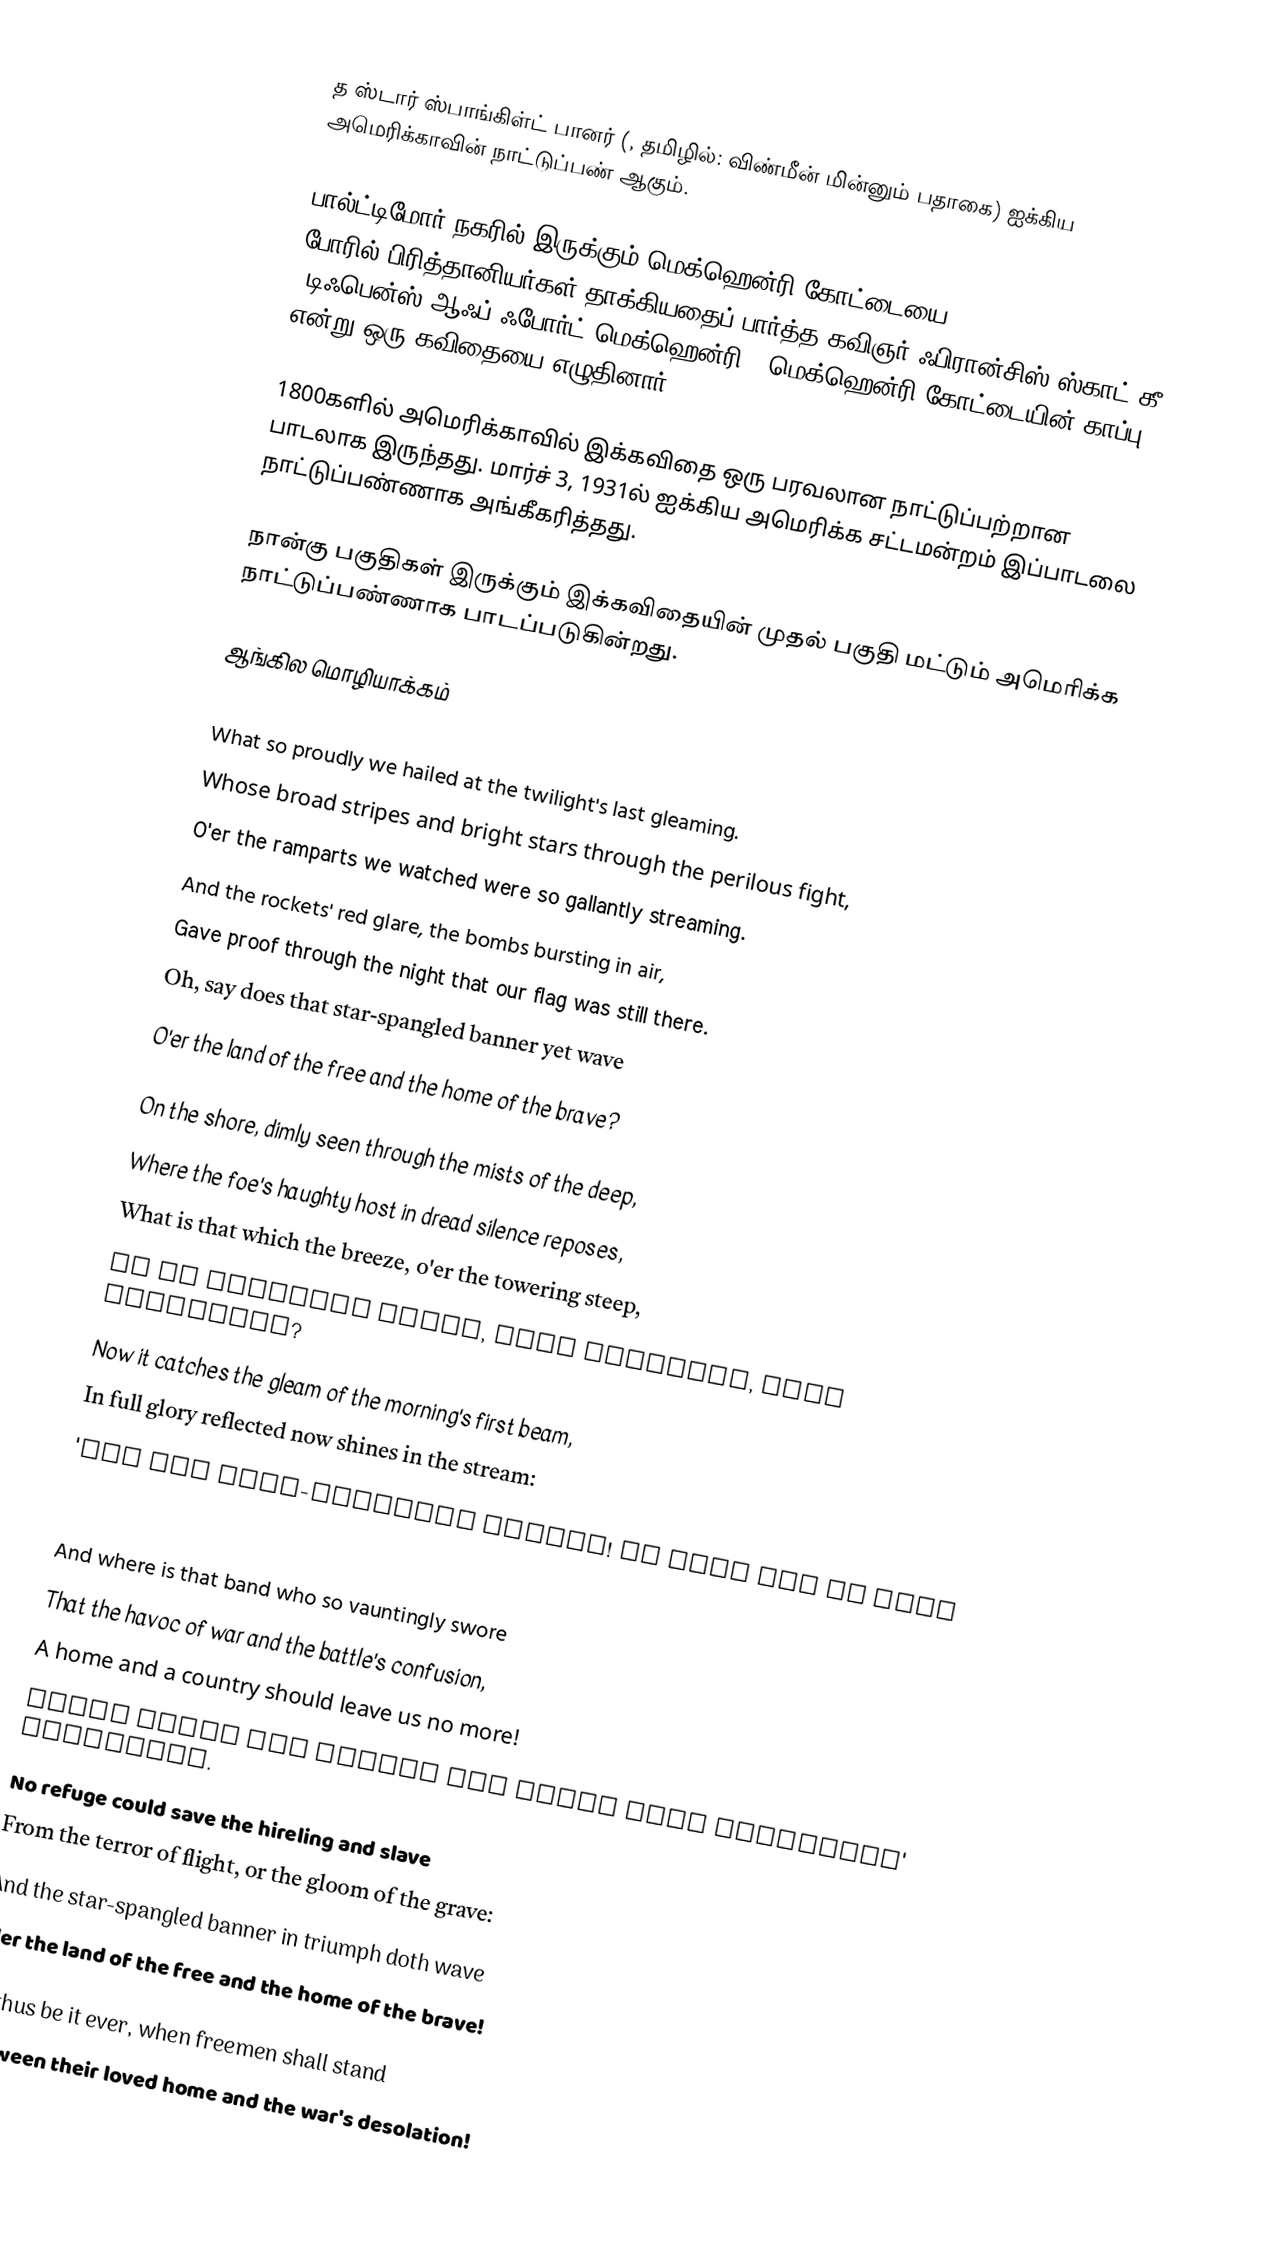
த ஸ்டார் ஸ்பாங்கிள்ட் பானர் (, தமிழில்: விண்மீன் மின்னும் பதாகை) ஐக்கிய அமெரிக்காவின் நாட்டுப்பண் ஆகும்.

பால்ட்டிமோர் நகரில் இருக்கும் மெக்ஹென்ரி கோட்டையை (Fort McHenry) 1812 போரில் பிரித்தானியர்கள் தாக்கியதைப் பார்த்த கவிஞர் ஃபிரான்சிஸ் ஸ்காட் கீ "டிஃபென்ஸ் ஆஃப் ஃபோர்ட் மெக்ஹென்ரி" (மெக்ஹென்ரி கோட்டையின் காப்பு) என்று ஒரு கவிதையை எழுதினார்.

1800களில் அமெரிக்காவில் இக்கவிதை ஒரு பரவலான நாட்டுப்பற்றான பாடலாக இருந்தது. மார்ச் 3, 1931ல் ஐக்கிய அமெரிக்க சட்டமன்றம் இப்பாடலை நாட்டுப்பண்ணாக அங்கீகரித்தது.

நான்கு பகுதிகள் இருக்கும் இக்கவிதையின் முதல் பகுதி மட்டும் அமெரிக்க நாட்டுப்பண்ணாக பாடப்படுகின்றது.

ஆங்கில மொழியாக்கம்
O! say can you see by the dawn's early light
What so proudly we hailed at the twilight's last gleaming.
Whose broad stripes and bright stars through the perilous fight,
O'er the ramparts we watched were so gallantly streaming.
And the rockets' red glare, the bombs bursting in air,
Gave proof through the night that our flag was still there.
Oh, say does that star-spangled banner yet wave
O'er the land of the free and the home of the brave?

On the shore, dimly seen through the mists of the deep,
Where the foe's haughty host in dread silence reposes,
What is that which the breeze, o'er the towering steep,
As it fitfully blows, half conceals, half discloses?
Now it catches the gleam of the morning's first beam,
In full glory reflected now shines in the stream:
'Tis the star-spangled banner! Oh long may it wave
O'er the land of the free and the home of the brave!

And where is that band who so vauntingly swore
That the havoc of war and the battle's confusion,
A home and a country should leave us no more!
Their blood has washed out their foul footsteps' pollution.
No refuge could save the hireling and slave
From the terror of flight, or the gloom of the grave:
And the star-spangled banner in triumph doth wave
O'er the land of the free and the home of the brave!

O! thus be it ever, when freemen shall stand
Between their loved home and the war's desolation!